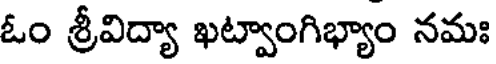
ఓం శ్రీవిద్యా ఖట్వాంగిభ్యాం నమః